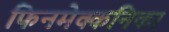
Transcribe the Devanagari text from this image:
फिनमेक्कनिका